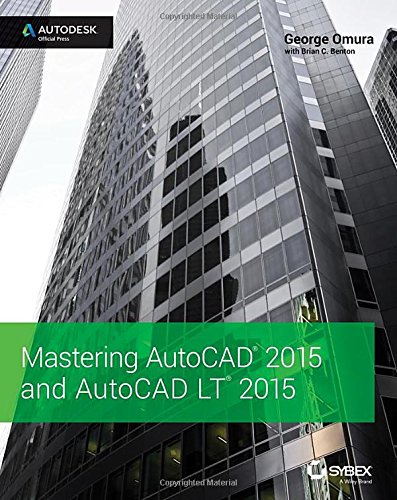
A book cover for Mastering AutoCAD 2015 and AutoCAD LT 2015: Autodesk Official Press; George Omura; Engineering & Transportation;